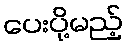
ပေးပို့မည့်